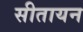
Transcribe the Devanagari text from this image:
सीतायन